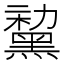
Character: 𪑤